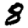
Digit: 8